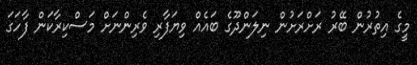
މީގެ އިތުރުން ބޭރު ރަށްރަށުން ނިލަންދޫގެ ބައެއް ވިޔަފާރި ވެރިންނަށް މަސްކިރާކަން ފާހަގަ